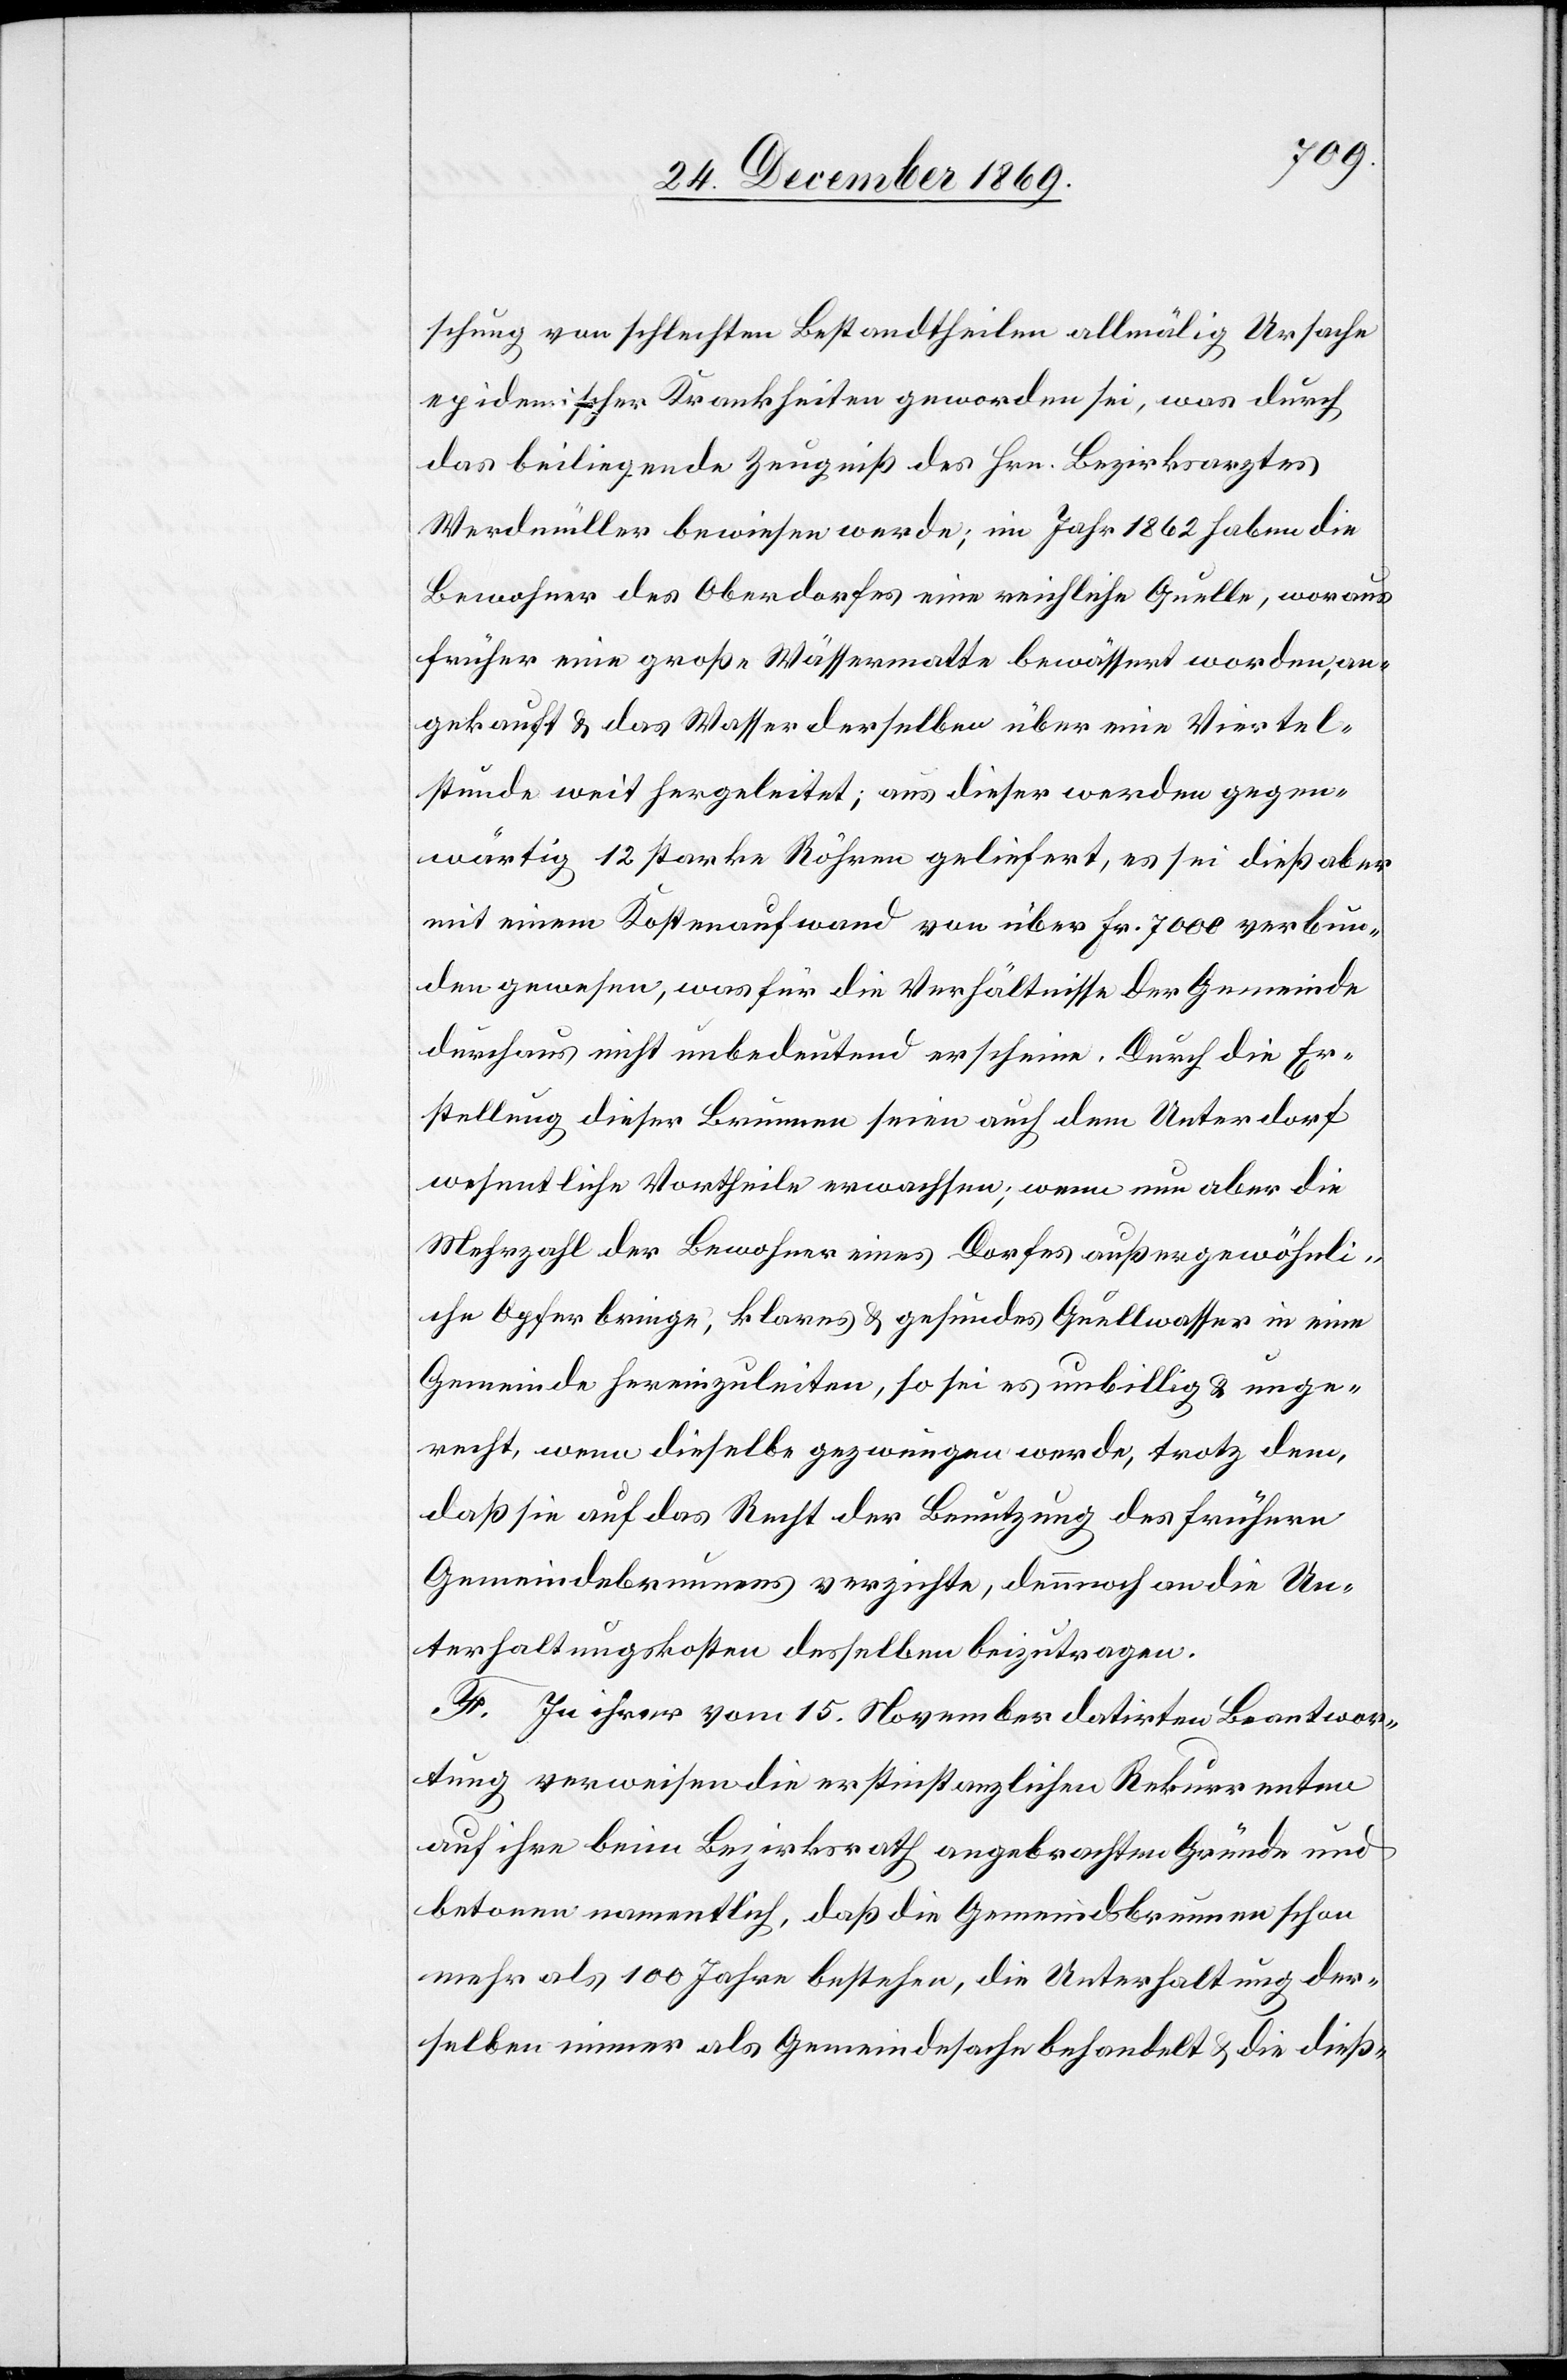
schung von schlechten Bestandtheilen allmälig Ursache
epidemischer Krankheiten geworden sei, was durch
das beiliegende Zeugniß des Hrn. Bezirksarztes
Werdmüller bewiesen werde; im Jahr 1862 haben die
Bewohner des Oberdorfes eine reichliche Quelle, woraus
früher eine große Wässermatte bewässert worden, an¬
gekauft & das Wasser derselben über eine Viertel¬
stunde weit hergeleitet; aus dieser werden gegen¬
wärtig 12 starke Röhren geliefert, es sei dieß aber
mit einem Kostenaufwand von über Fr. 7000 verbun¬
den gewesen, was für die Verhältnisse der Gemeinde
durchaus nicht unbedeutend erscheine. Durch die Er¬
stellung dieser Brunnen seien auch dem Unterdorf
wesentliche Vortheile erwachsen; wenn nun aber die
Mehrzahl der Bewohner eines Dorfes außergewöhnli¬
che Opfer bringe, klares & gesundes Quellwasser in eine
Gemeinde hereinzuleiten, so sei es unbillig & unge¬
recht, wenn dieselbe gezwungen werde, trotz dem,
daß sie auf das Recht der Benutzung des frühern
Gemeindebrunnens verzichte, dennnoch an die Un¬
terhaltungskosten desselben beizutragen.
F. In ihrer vom 15. November datirten Beantwor¬
tung verweisen die erstinstanzlichen Rekurrenten
auf ihre beim Bezirksrath angebrachten Gründe und
betonen namentlich, daß die Gemeindsbrunnen schon
mehr als 100 Jahre bestehen, die Unterhaltung der¬
selben immer als Gemeindesache behandelt & die dieß-